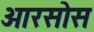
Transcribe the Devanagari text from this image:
ओरसोस